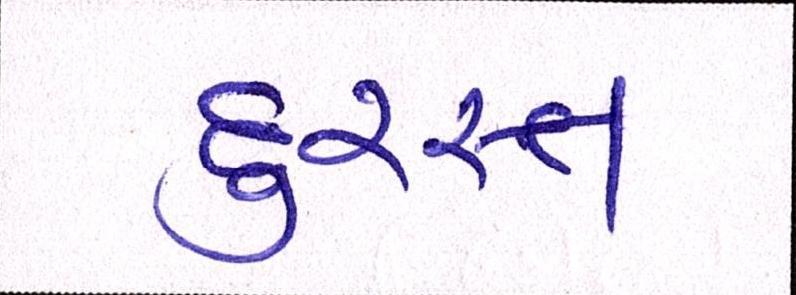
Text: દુરસ્ત